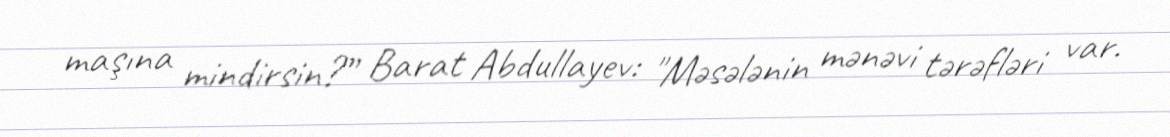
maşına mindirsin?” Barat Abdullayev: "Məsələnin mənəvi tərəfləri var.